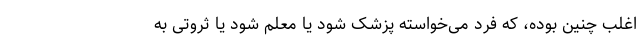
اغلب چنین بوده، که فرد می‌خواسته پزشک شود یا معلم شود یا ثروتی به